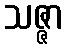
သဇ္ဇာ